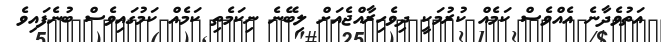
އަތުވެދާނެ އެއްވެސް ކަމެއް ކުރުމަކީ ދިވެހިރާއްޖެއަށް ލިބޭނެ ނިކަމެތި ކަމެއް ކަމުގައިވެސް ބުނެފައިވެ